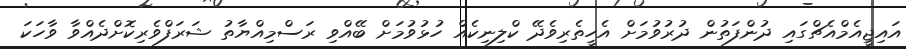
އައިޖީއެމްއެޗްގައި ދުންފަތުން ދުރުވުމަށް އެހީތެރިވެދޭ ކްލިނިކެއް ހުޅުވުމަށް ބޭއްވި ރަސްމިއްޔާތު ޝަރަފްވެރިކޮށްދެއްވާ ވާހަކަ